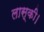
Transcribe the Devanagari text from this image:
लास्की।